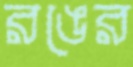
রঙের